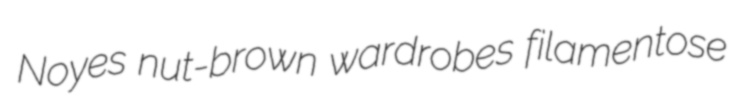
Noyes nut-brown wardrobes filamentose